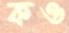
কও